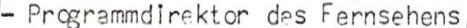
- Programmdirektor des Fernsehens